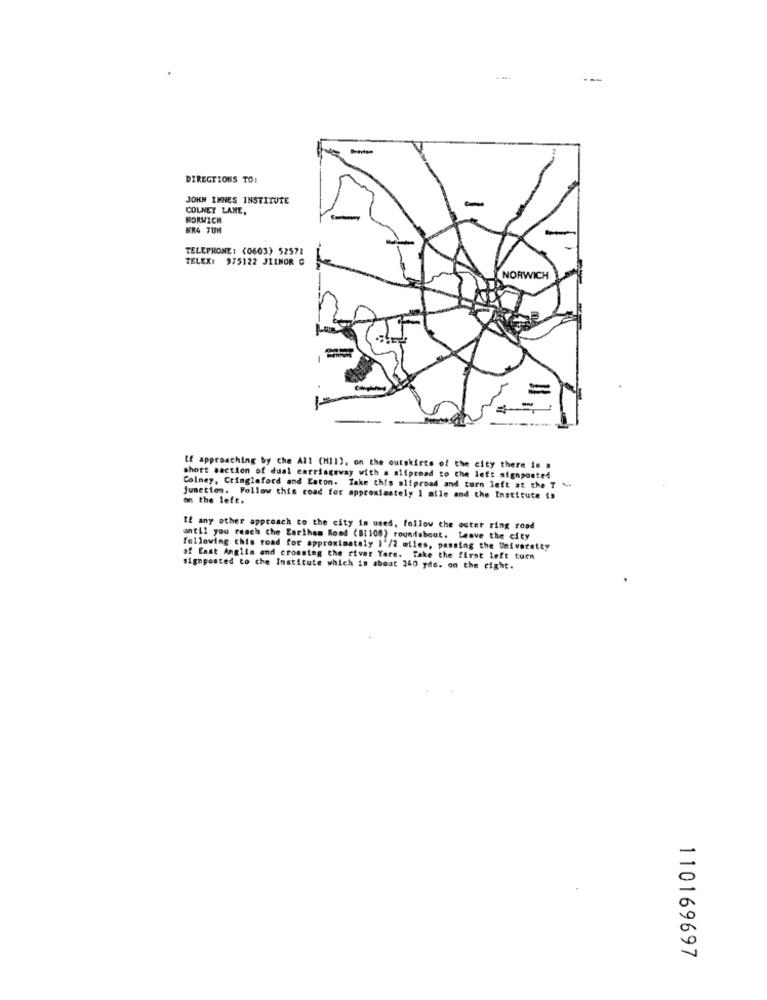
DIRECTIONS TO:
JOHN IMHES INSTITUTE
COLNEY LANE,
NORWICH
HR4 717H
TELEPHONE: (0603) 52571
TELEX: 975122 JILMOR G
NORWICH
=
If approaching by che All (MI1), on the outskirts of the city there is a
short section of dual earringsway with a sliproad to the left signposted
Colmey, Cringleford and Eaton. Take this sliproad and turn left at the T A.
Junction. Follow this road for approximately 1 aile and the Institute is
on the left.
If any other approach to the city is used, follow the outer ring road
until you reach che Earlham Road (BI108) roundabout. Leave the city
following this road for approximately 1'/2 miles, passing the University
of East Anglia and crossing the river Yare. Take the first left turn
signposted to the Institute which is about 240 yds. on the right.
110169697